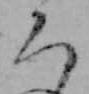
ち